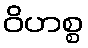
ဝိဟစ္စ